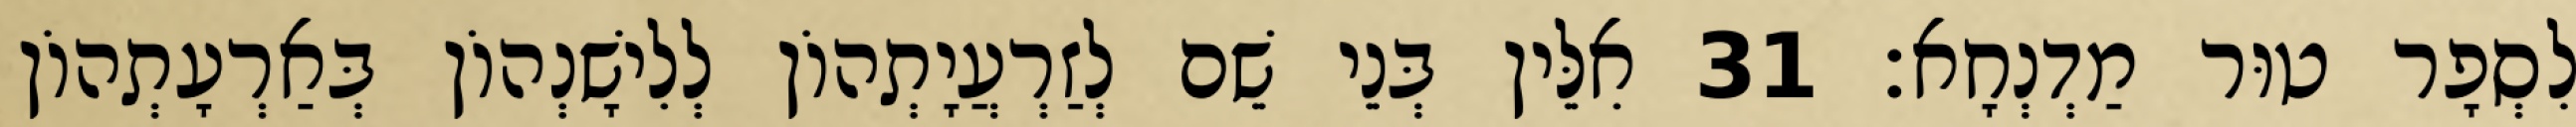
לִסְפָר טוּר מַדְנְחָא׃ 31 אִלֵּין בְּנֵי שֵׁם לְזַרְעֲיָתְהוֹן לְלִישָׁנְהוֹן בְּאַרְעָתְהוֹן